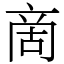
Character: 啇